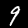
Label: 9